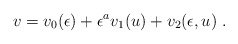
\begin{align*}v=v_0 (\epsilon)+\epsilon^a v_1(u )+v_2(\epsilon,u )\ .\end{align*}